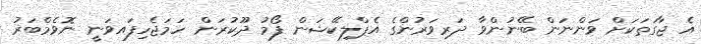
އެ ޖާގަތަކަށް ވަންނަން ބޭނުންވާ ދަރިވަރުންގެ އެޕްލިކޭޝަން ފޯމު ދޫކުރަން ހަމަޖެހިފައވަނީ ނޮވެމްބަރު